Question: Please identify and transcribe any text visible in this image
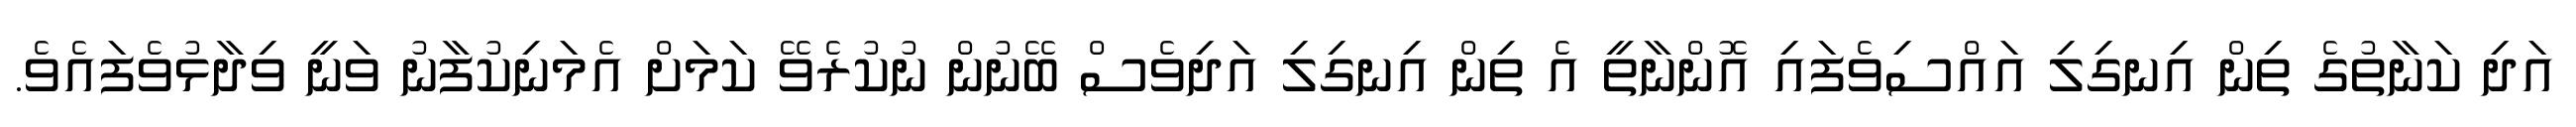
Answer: އަދި ކަނާތުގެ ތިން އިނގިލި އައްސިވެފައި އޮންނާތީ އެ ތިން އިނގިލި އަދިވެސް ބޭނުން ނުކުރެވޭ ކަމަށް އެމަނިކުފާނު ވަނީ ވިދާޅުވެފައެވެ.